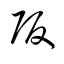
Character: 阪